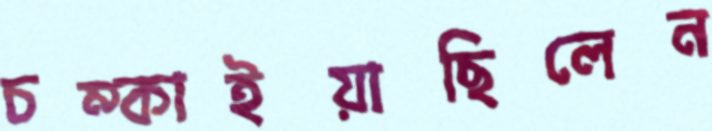
চম্‌কাইয়াছিলেন